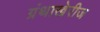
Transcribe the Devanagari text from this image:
ग्रंथाखेरीज